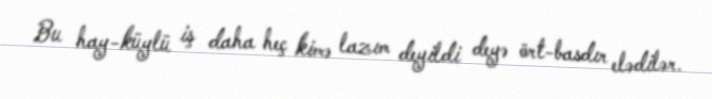
Bu hay-küylü iş daha heç kimə lazım deyildi deyə ört-basdır elədilər.